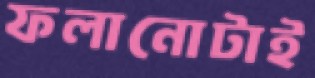
ফলানোটাই